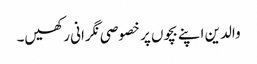
والدین اپنے بچوں پر خصوصی نگرانی رکھیں۔